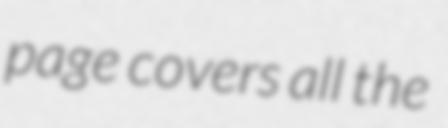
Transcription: page covers all the